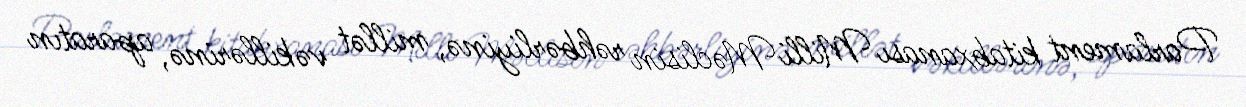
Parlament kitabxanası Milli Məclisin rəhbərliyinə, millət vəkillərinə, aparatın